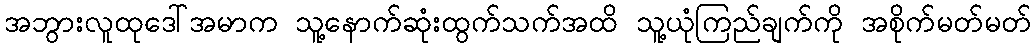
အဘွားလူထုဒေါ်အမာက သူ့နောက်ဆုံးထွက်သက်အထိ သူ့ယုံကြည်ချက်ကို အစိုက်မတ်မတ်